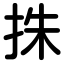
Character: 㧣